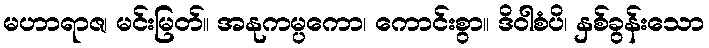
မဟာရာဇ၊ မင်းမြတ်။ အနုကမ္ပကော၊ ကောင်းစွာ။ ဒိဝါစံပိ၊ နှစ်ခွန်းသော